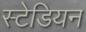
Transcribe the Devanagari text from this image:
स्टेडियन